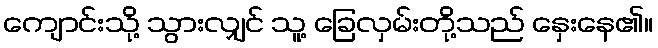
ကျောင်းသို့ သွားလျှင် သူ့ ခြေလှမ်းတို့သည် နှေးနေ၏။